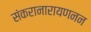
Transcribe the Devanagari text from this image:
संकरानारायणनन